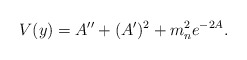
\begin{align*}V(y)=A^{\prime\prime}+(A^{\prime})^2+m^2_ne^{-2A}.\end{align*}